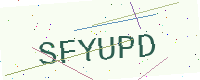
Text: SFYUPD